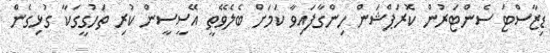
ޑިޒާސްޓަ ސެންޓަރުން ކޮރަޕްޝަން ހިންގާފައިވާ ކަމަށް ބެލެވޭތީ އޭސީސީން ކުރި ތަހުގީގަކާ ގުޅިގެން